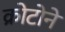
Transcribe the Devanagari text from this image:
क्रोटोने